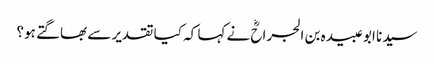
سیدنا ابو عبیدہ بن الجراحؓ نے کہا کہ کیا تقدیر سے بھاگتے ہو؟